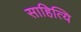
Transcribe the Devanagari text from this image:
साहित्यि